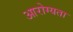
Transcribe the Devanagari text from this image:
आरोग्‍यता